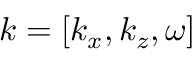
\boldsymbol { k } = [ k _ { x } , k _ { z } , \omega ]